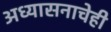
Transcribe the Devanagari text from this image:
अध्यासनाचेही